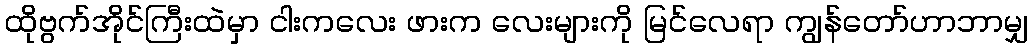
ထိုဗွက်အိုင်ကြီးထဲမှာ ငါးကလေး ဖားက လေးများကို မြင်လေရာ ကျွန်တော်ဟာဘာမျှ